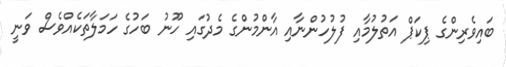
ބައިވެރިންގެ ޕިކަޕް އަތުލުމާއި ފުލުހުންނާއި އާންމުންގެ މެދުގައި ހޫނު ބަހުގެ ހަމަލާތަކެއްވެސް ވަނީ